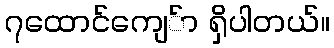
၇ထောင်ကျေ်ာ ရှိပါတယ်။